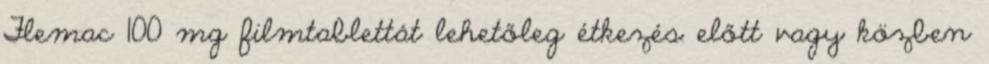
Flemac 100 mg filmtablettát lehetőleg étkezés előtt vagy közben